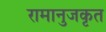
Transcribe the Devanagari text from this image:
रामानुजकृत